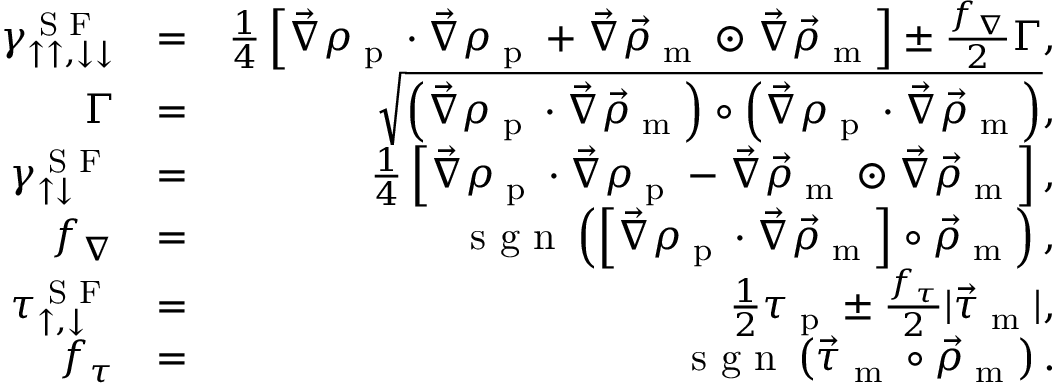
\begin{array} { r l r } { \gamma _ { \uparrow \uparrow , \downarrow \downarrow } ^ { \textrm { S F } } } & { = } & { \frac { 1 } { 4 } \left[ \vec { \nabla } \rho _ { \textrm { p } } \cdot \vec { \nabla } \rho _ { \textrm { p } } + \vec { \nabla } \vec { \rho } _ { \textrm { m } } \odot \vec { \nabla } \vec { \rho } _ { \textrm { m } } \right] \pm \frac { f _ { \nabla } } { 2 } \Gamma , } \\ { \Gamma } & { = } & { \sqrt { \left( \vec { \nabla } \rho _ { \textrm { p } } \cdot \vec { \nabla } \vec { \rho } _ { \textrm { m } } \right) \circ \left( \vec { \nabla } \rho _ { \textrm { p } } \cdot \vec { \nabla } \vec { \rho } _ { \textrm { m } } \right) } , } \\ { \gamma _ { \uparrow \downarrow } ^ { \textrm { S F } } } & { = } & { \frac { 1 } { 4 } \left[ \vec { \nabla } \rho _ { \textrm { p } } \cdot \vec { \nabla } \rho _ { \textrm { p } } - \vec { \nabla } \vec { \rho } _ { \textrm { m } } \odot \vec { \nabla } \vec { \rho } _ { \textrm { m } } \right] , } \\ { f _ { \nabla } } & { = } & { \textrm { s g n } \left( \left[ \vec { \nabla } \rho _ { \textrm { p } } \cdot \vec { \nabla } \vec { \rho } _ { \textrm { m } } \right] \circ \vec { \rho } _ { \textrm { m } } \right) , } \\ { \tau _ { \uparrow , \downarrow } ^ { \textrm { S F } } } & { = } & { \frac { 1 } { 2 } \tau _ { \textrm { p } } \pm \frac { f _ { \tau } } { 2 } | \vec { \tau } _ { \textrm { m } } | , } \\ { f _ { \tau } } & { = } & { \textrm { s g n } \left( \vec { \tau } _ { \textrm { m } } \circ \vec { \rho } _ { \textrm { m } } \right) . } \end{array}